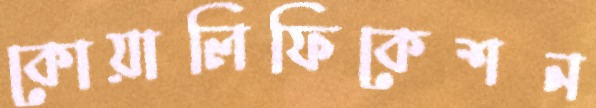
কোয়ালিফিকেশন